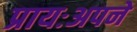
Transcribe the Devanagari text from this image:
प्रायःअपने